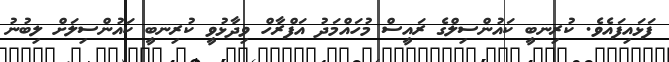
ފަޅައިފައެވެ. ކުރިނބީ ކައުންސިލްގެ ރައީސް މުހައްމަދު އަފްރާހް ވިދާޅުވީ ކުރިނބީ ކައުންސިލަށް ލިބުނު